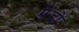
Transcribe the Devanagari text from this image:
ग्रेडो